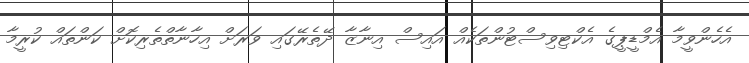
އެހެންވީމާ އެމްޑީޕީގެ އެކްޓިވިސްޓުންތަކެއް އައިސް އިނާޒާ ދޭތެރޭގައި ވަރަށް އިހާނާތްތެރިކޮށް ކަންތައް ކުރީމާ